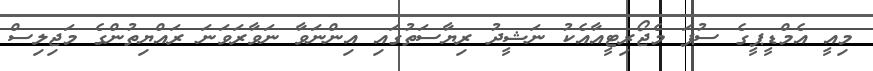
މިއީ އެމްޑީޕީގެ ސުޕަ މެޖޯރިޓީއާއެކު ނަޝީދު ރިޔާސަތުގައި އިންނަވާ ނަވާރަވަނަ ރައްޔިތުންގެ މަޖިލިސް